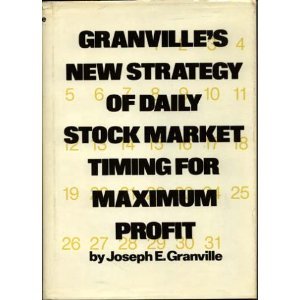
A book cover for Granville's New Strategy of Daily Stock Market Timing for Maximum Profit; Joseph E. Granville; Business & Money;